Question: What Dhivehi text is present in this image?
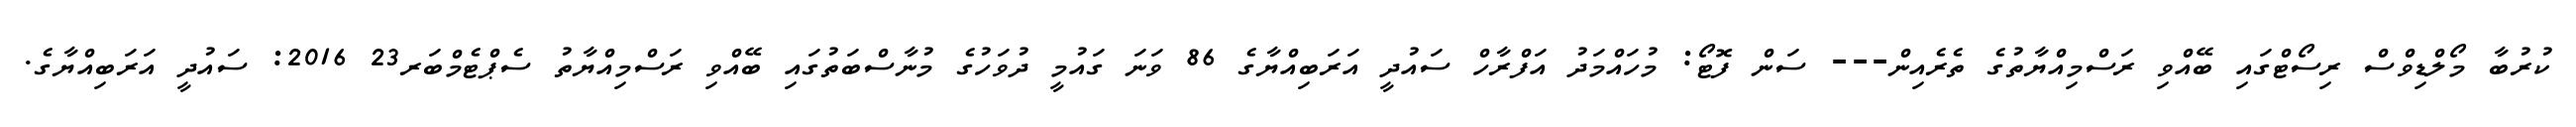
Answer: ކުރުބާ މޯލްޑިވްސް ރިސޯޓްގައި ބޭއްވި ރަސްމިއްޔާތުގެ ތެރެއިން--- ސަން ފޮޓޯ: މުހައްމަދު އަފްރާހް ސައުދީ އަރަބިއްޔާގެ 86 ވަނަ ގައުމީ ދުވަހުގެ މުނާސްބަތުގައި ބޭއްވި ރަސްމިއްޔާތު ސެޕްޓެމްބަރ23 2016: ސައުދީ އަރަބިއްޔާގެ.